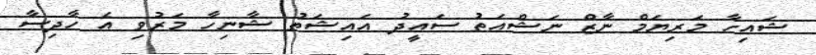
ޝައިހާ މަރިޔަމް ނާޒް ނަޝްއަތު ސައީދު އައިޝަތު ޝާނިހާ މަރުވި އެ ހާދިސާ